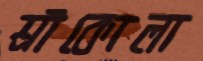
শ্রীকোলা